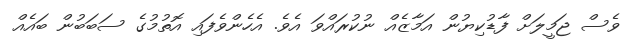
ވެސް ޖަމީލަށް ފާޑުކިޔުން އަމާޒެއް ނުކުރައްވަ އެވެ. އެހެންވެފައި އޮތުމުގެ ސަބަބުން ބައެއް